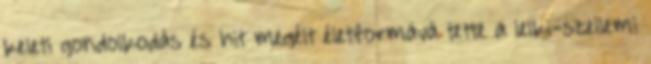
keleti gondolkodás és hit megélt életformává tette a lelki-szellemi